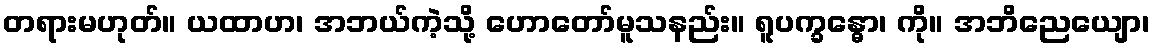
တရားမဟုတ်။ ယထာဟ၊ အဘယ်ကဲ့သို့ ဟောတော်မူသနည်း။ ရူပက္ခန္ဓော၊ ကို။ အဘိညေယျော၊